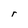
Character: r